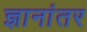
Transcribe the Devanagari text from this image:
ज्ञानांतर